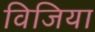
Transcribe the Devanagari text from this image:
विजिया